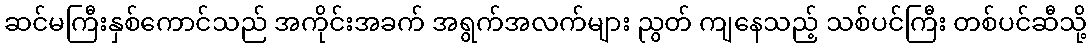
ဆင်မကြီးနှစ်ကောင်သည် အကိုင်းအခက် အရွက်အလက်များ ညွတ် ကျနေသည့် သစ်ပင်ကြီး တစ်ပင်ဆီသို့